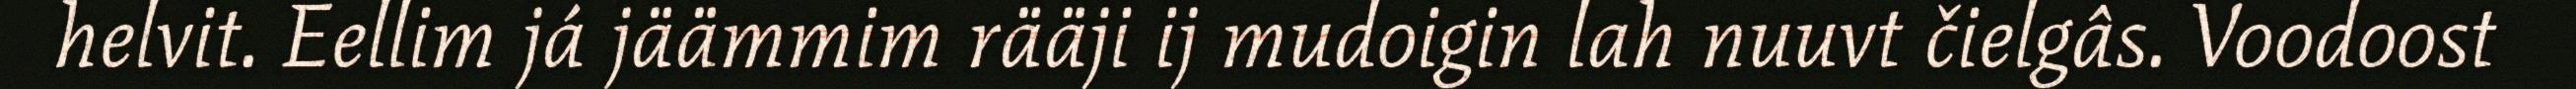
helvit. Eellim já jäämmim rääji ij mudoigin lah nuuvt čielgâs. Voodoost